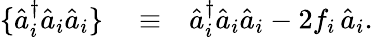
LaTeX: \begin{array}{rlr}{\{ \hat{a}_{i}^{\dagger}\hat{a}_{i}\hat{a}_{i}\} }&{{}\equiv}&{\hat{a}_{i}^{\dagger}\hat{a}_{i}\hat{a}_{i}-2f_{i}\, \hat{a}_{i}.}\end{array}